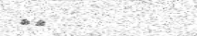
١٢